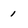
Character: 1